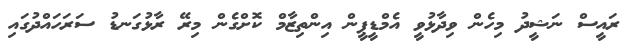
ރައީސް ނަޝީދު މިހެން ވިދާޅުވީ އެމްޑީޕީން އިންތިޒާމް ކޮށްގެން މިރޭ ރާޅުގަނޑު ސަރަހައްދުގައި